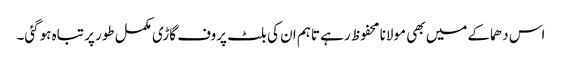
اس دھماکے میں بھی مولانا محفوظ رہے تاہم ان کی بلٹ پروف گاڑی مکمل طور پر تباہ ہوگئی۔